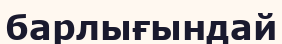
барлығындай